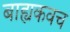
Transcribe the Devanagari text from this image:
बाह्यकवच